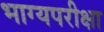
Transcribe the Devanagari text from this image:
भाग्यपरीक्षा